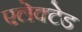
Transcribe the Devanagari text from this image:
एलेक्टेड